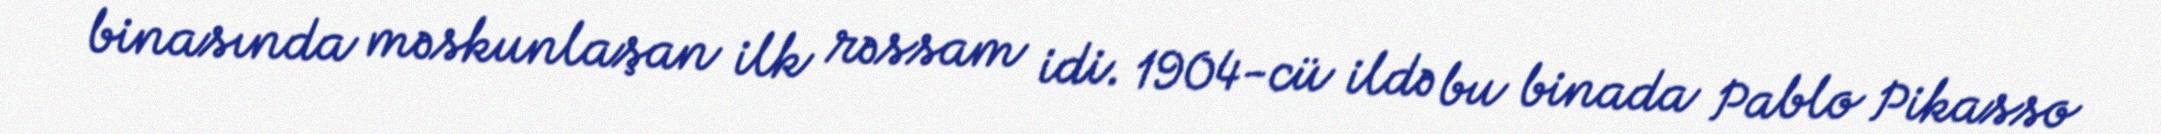
binasında məskunlaşan ilk rəssam idi. 1904-cü ildə bu binada Pablo Pikasso